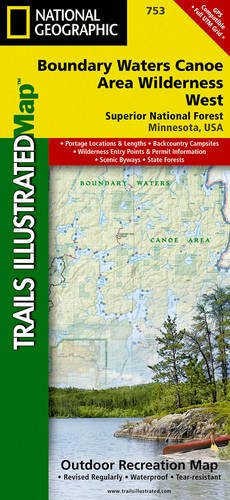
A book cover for Boundary Waters West [Canoe Area Wilderness, Superior National Forest] (National Geographic Trails Illustrated Map); National Geographic Maps - Trails Illustrated; Travel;